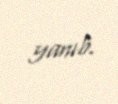
yanıb.